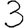
Digit: 3